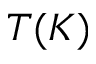
T ( K )